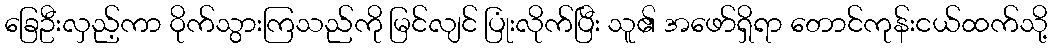
ခြေဦးလှည့်ကာ ဝိုက်သွားကြသည်ကို မြင်လျင် ပြုံးလိုက်ပြီး သူ၏ အဖော်ရှိရာ တောင်ကုန်းငယ်ထက်သို့